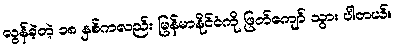
လွန်ခဲ့တဲ့ ၁၈ နှစ်ကလည်း မြန်မာနိုင်ငံကို ဖြတ်ကျော် သွား ပါတယ်။